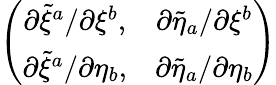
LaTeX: \left(\begin{array}{cc}{{\partial\tilde{\xi}^{a}/\partial\xi^{b},}}&{{\partial\tilde{\eta}_{a}/\partial\xi^{b}}}\\ {{\partial\tilde{\xi}^{a}/\partial\eta_{b},}}&{{\partial\tilde{\eta}_{a}/\partial\eta_{b}}}\end{array}\right)